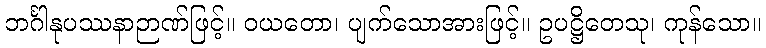
ဘင်္ဂါနုပဿနာဉာဏ်ဖြင့်။ ဝယတော၊ ပျက်သောအားဖြင့်။ ဥပဋ္ဌိတေသု၊ ကုန်သော။